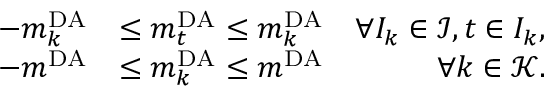
\begin{array} { r l r } { - m _ { k } ^ { \mathrm { D A } } } & { \leq m _ { t } ^ { \mathrm { D A } } \leq m _ { k } ^ { \mathrm { D A } } } & { \forall I _ { k } \in \mathcal { I } , t \in I _ { k } , } \\ { - m ^ { \mathrm { D A } } } & { \leq m _ { k } ^ { \mathrm { D A } } \leq m ^ { \mathrm { D A } } } & { \forall k \in \mathcal { K } . } \end{array}